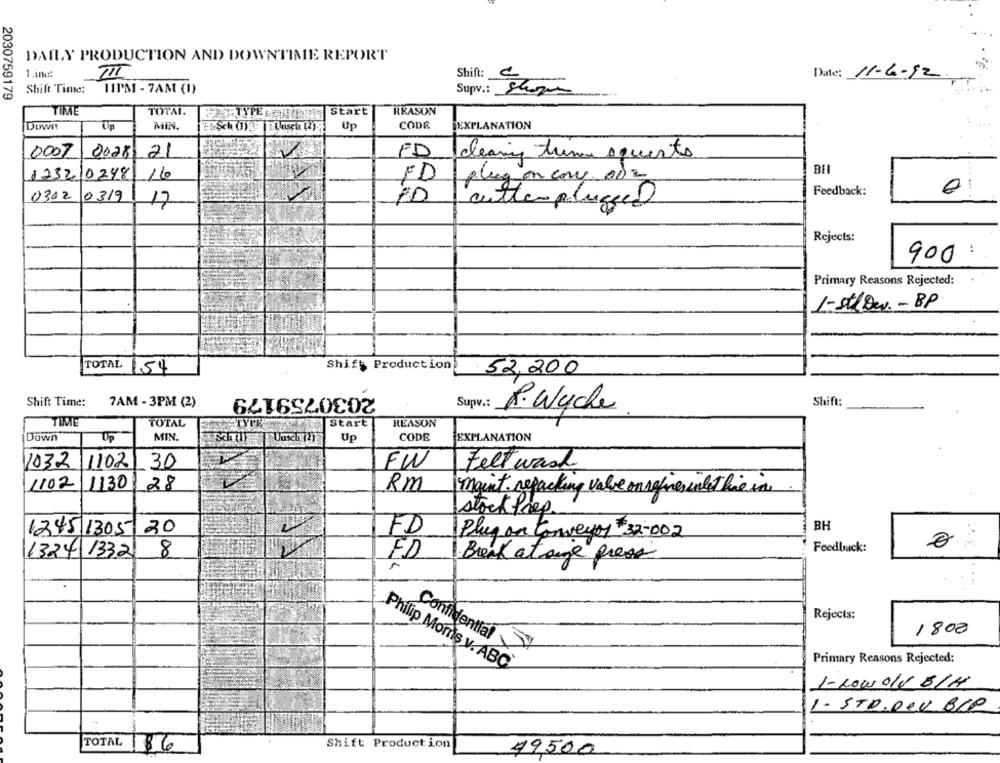
DAILY PRODUCTION AND DOWNTIME REPORT
1.inu:
TIT
Shift:
Date: 11-6-92.
Shift Time:
11PM - 7AM (1)
Supv .: 3
2030759179
TIME
TOTAL.
Start
REASON
Down!
Up
MIN.
Up
CODR
EXPLANATION
0007
FD
0028 -21
cleaning trina squirts
BH
123210248
16
FD
plug on con on
Feedback:
0302
0319
17
cutterplugged
Rejects:
:
900
Primary Reasons Rejected:
1-stlow. - BP
Shift Production
TOTAL 54
52,200
2030759179
Shift Time:
7AM - 3PM (2)
Supv. :
Shift
R. Wyche
TIME
TOTAL
Start
REASON
Down
Up
MIN.
hu Uusch (2)
Up
CODE
EXPLANATION
1032
1102
30
FW
Feltwash
1102
1130
28
Rm
maint repacking valve on refres intet hie in
stock frep.
BH
1245 1305
20
FD
Plug on Conveyor 32-002
Feedback:
1324 1332
8
FD
Break at sage gress
...
Rejects:
1800
Confidential
Primary Reasons Rejected:
Philip Moms w. ABC
1- Low 01V B/H
1- STR.DeV BCP
Shift Production
TOTAL 86
49,500